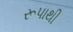
રૂપાથી